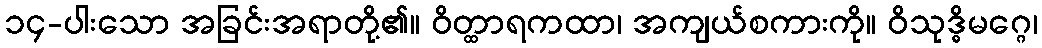
၁၄-ပါးသော အခြင်းအရာတို့၏။ ဝိတ္ထာရကထာ၊ အကျယ်စကားကို။ ဝိသုဒ္ဓိမဂ္ဂေ၊